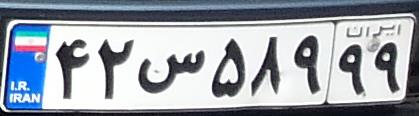
۴۲س۵۸۹۹۹